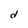
Character: d